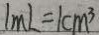
1 m L = 1 c m ^ { 3 }